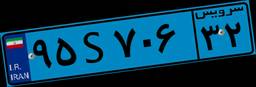
۹۵S۷۰۶۳۲